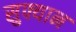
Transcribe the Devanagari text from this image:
सुफ्यान